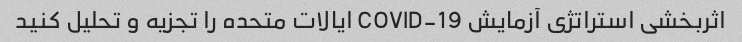
اثربخشی استراتژی آزمایش COVID-19 ایالات متحده را تجزیه و تحلیل کنید